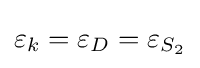
\varepsilon _{k}=\varepsilon _{D}=\varepsilon _{S_{2}}